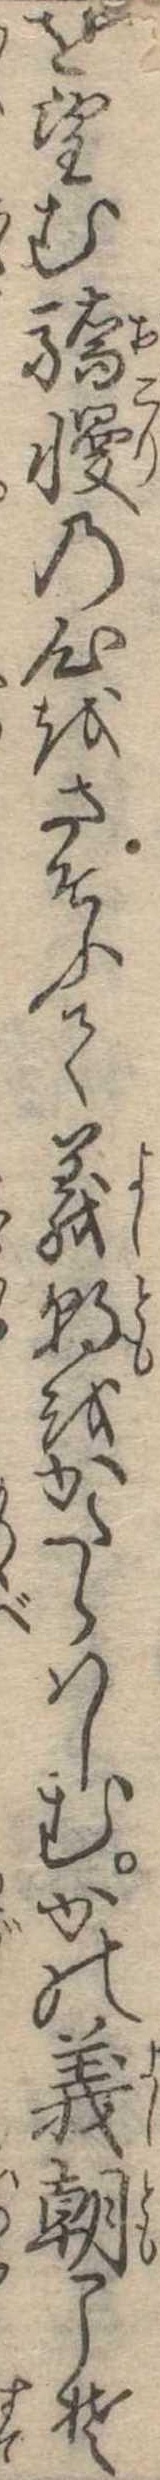
を望む驕慢の心をさそふて義朝をかたらはしむかの義朝こそ